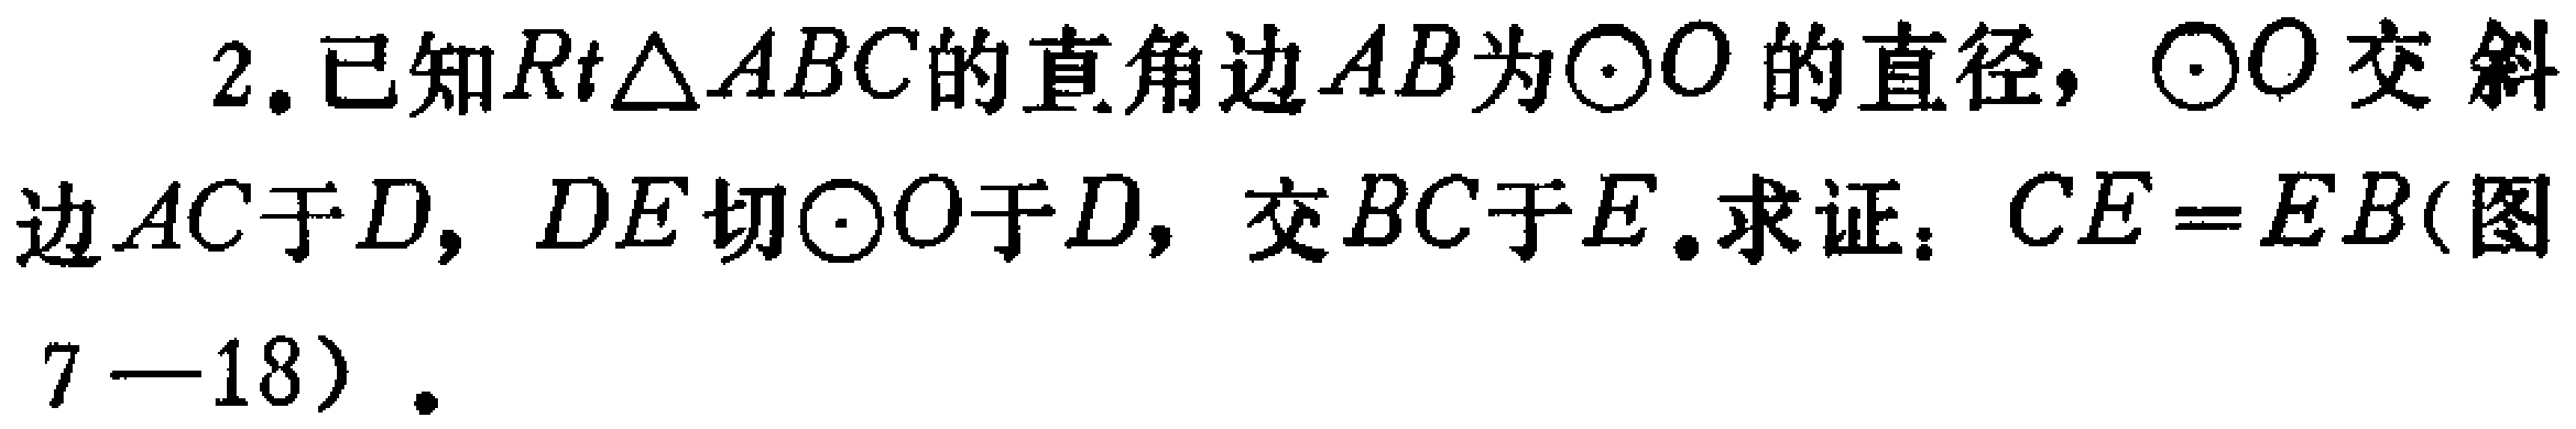
2. 已知\(Rt\triangle ABC\)的直角边\(AB\)为\(\odot O\)的直径，\(\odot O\)交斜边\(AC\)于\(D\)，\(DE\)切\(\odot O\)于\(D\)，交\(BC\)于\(E\). 求证：\(CE = EB\)(图7—18).